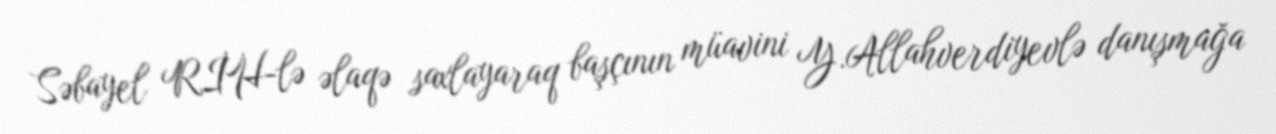
Səbayel RİH-lə əlaqə saxlayaraq başçının müavini Y.Allahverdiyevlə danışmağa